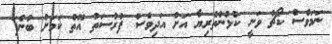
ނަމަވެސް ކޯޗު ވަނީ ކުޅުންތެރިޔާ އަށް އަދިވެސް ފުރުސަތު އޮތް ކަމަށް ބުނެފަ